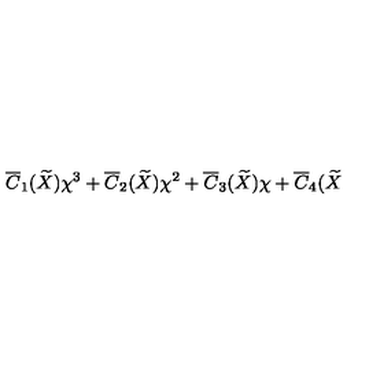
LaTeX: \overline { { C } } _ { 1 } ( \widetilde { X } ) \chi ^ { 3 } + \overline { { C } } _ { 2 } ( \widetilde { X } ) \chi ^ { 2 } + \overline { { C } } _ { 3 } ( \widetilde { X } ) \chi + \overline { { C } } _ { 4 } ( \widetilde { X }